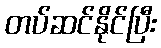
တပ်ဆင်နိုင်ပြီး